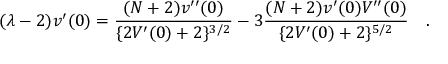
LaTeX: ( \lambda - 2 ) v ^ { \prime } ( 0 ) = \frac { ( N + 2 ) v ^ { \prime \prime } ( 0 ) } { \{ 2 V ^ { \prime } ( 0 ) + 2 \} ^ { 3 / 2 } } - 3 \frac { ( N + 2 ) v ^ { \prime } ( 0 ) V ^ { \prime \prime } ( 0 ) } { \{ 2 V ^ { \prime } ( 0 ) + 2 \} ^ { 5 / 2 } } \quad .